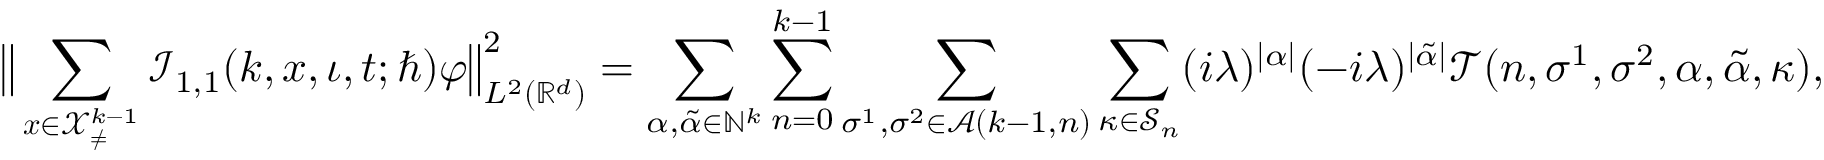
\big \lVert \sum _ { \boldsymbol { x } \in \mathcal { X } _ { \neq } ^ { k - 1 } } \mathcal { I } _ { 1 , 1 } ( k , \boldsymbol { x } , \iota , t ; \hbar ) \varphi \big \rVert _ { L ^ { 2 } ( \mathbb { R } ^ { d } ) } ^ { 2 } = \sum _ { \alpha , \tilde { \alpha } \in \mathbb { N } ^ { k } } \sum _ { n = 0 } ^ { k - 1 } \sum _ { \sigma ^ { 1 } , \sigma ^ { 2 } \in \mathcal { A } ( k - 1 , n ) } \sum _ { \kappa \in \mathcal { S } _ { n } } ( i \lambda ) ^ { | \alpha | } ( - i \lambda ) ^ { | \tilde { \alpha } | } \mathcal { T } ( n , \sigma ^ { 1 } , \sigma ^ { 2 } , \alpha , \tilde { \alpha } , \kappa ) ,